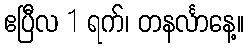
ဧပြီလ 1 ရက်၊ တနင်္လာနေ့။